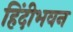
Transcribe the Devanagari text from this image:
हिंदीभवन